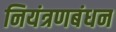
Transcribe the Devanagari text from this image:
नियंत्रणबंधन